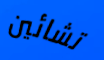
تشائين